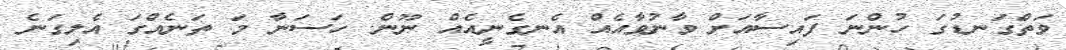
ވަތްގަނޑުގަ ހުންނަ ފައިސާއަށް ވާނުވާއެއް އެނގެނީއެއް ނޫން. ހަސަނާ މަ ތަނެއްގަ އެލިގަނެ